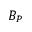
B _ { P }